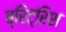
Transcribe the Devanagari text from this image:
ब्रिट्रिश